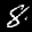
Label: 8